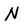
Character: N